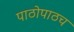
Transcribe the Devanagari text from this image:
पाठोपाठच